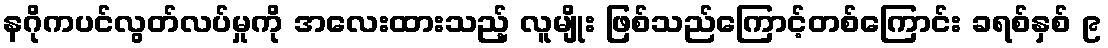
နဂိုကပင်လွတ်လပ်မှုကို အလေးထားသည့် လူမျိုး ဖြစ်သည်ကြောင့်တစ်ကြောင်း ခရစ်နှစ် ၉